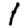
Digit: 1